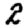
Digit: 2